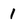
Character: 1